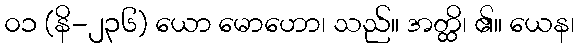
၀၁ (နိ-၂၃၆) ယော မောဟော၊ သည်။ အတ္ထိ၊ ၏။ ယေန၊